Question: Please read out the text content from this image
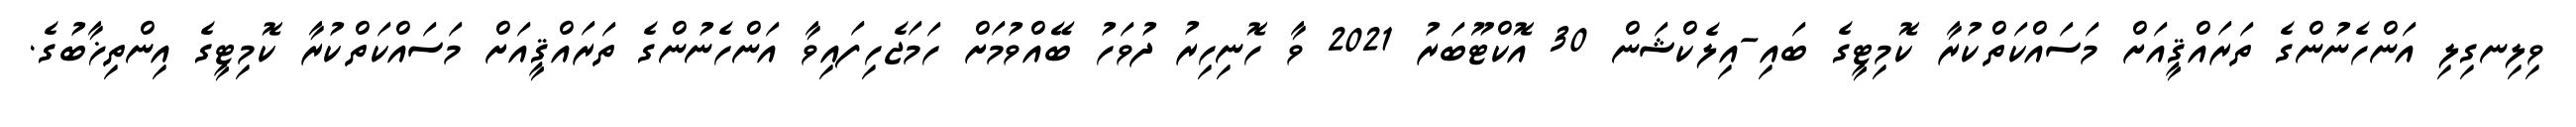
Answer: ވިލިނގިލި އަންހެނުންގެ ތަރައްޤީއަށް މަސައްކަތްކުރާ ކޮމިޓީގެ ބައި-އިލެކްޝަން 30 އޮކްޓޫބަރު 2021 ވާ ހޮނިހިރު ދުވަހު ބޭއްވުމަށް ހަމަޖެހިފައިވާ އަންހެނުންގެ ތަރައްޤީއަށް މަސައްކަތްކުރާ ކޮމިޓީގެ އިންތިޚާބުގެ.